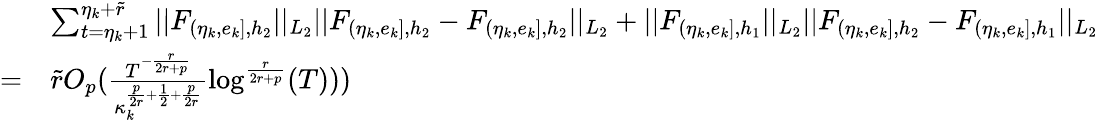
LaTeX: \begin{array}{rl}&{\sum_{t=\eta_{k}+1}^{\eta_{k}+\widetilde{r}}\vert\vert F_{(\eta_{k},e_{k}],{h_{2}}}\vert\vert_{L_{2}}\vert\vert F_{(\eta_{k},e_{k}],{h_{2}}}-F_{(\eta_{k},e_{k}],{h_{2}}}\vert\vert_{L_{2}}+\vert\vert F_{(\eta_{k},e_{k}],{h_{1}}}\vert\vert_{L_{2}}\vert\vert F_{(\eta_{k},e_{k}],{h_{2}}}-F_{(\eta_{k},e_{k}],{h_{1}}}\vert\vert_{L_{2}}}\\ {=}&{\widetilde{r}O_{p}(\frac{T^{-\frac{r}{2r+p}}}{\kappa_{k}^{\frac{p}{2r}+\frac{1}{2}+\frac{p}{2r}}}\log^{\frac{r}{2r+p}}(T)))}\end{array}